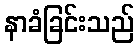
နာခံခြင်းသည်